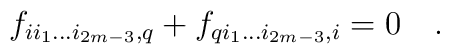
f_{ii_1\dots i_{2m-3},q}+f_{qi_1\dots i_{2m-3},i}=0\quad .